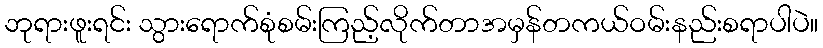
ဘုရားဖူးရင်း သွားရောက်စုံစမ်းကြည့်လိုက်တာအမှန်တကယ်ဝမ်းနည်းစရာပါပဲ။